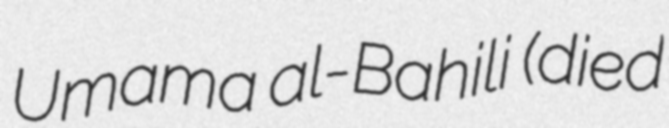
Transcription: Umama al-Bahili (died